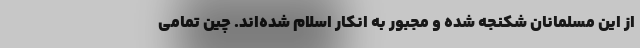
از این مسلمانان شکنجه شده و مجبور به انکار اسلام شده‌اند. چین تمامی